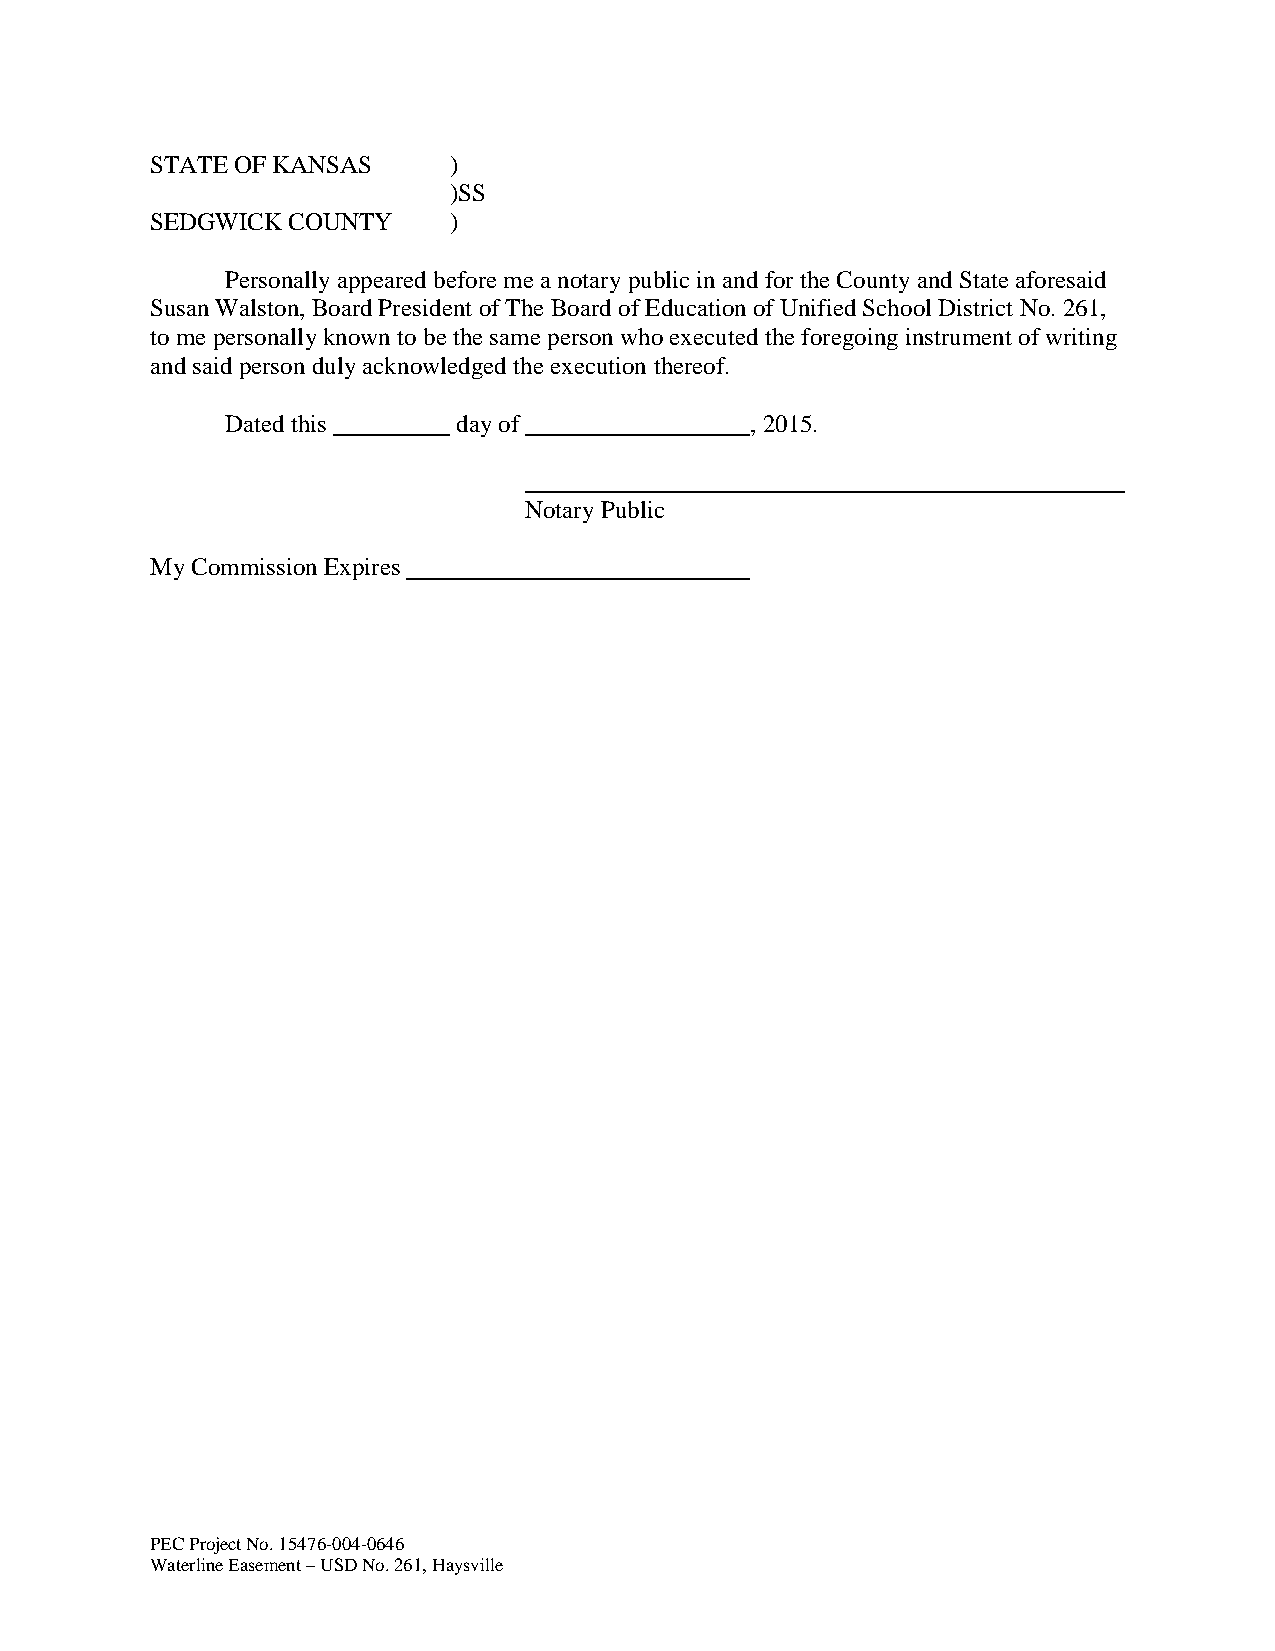
STATE OF KANSAS     )
 )SS
 SEDGWICK COUNTY     )
 Personally appeared before me a notary public in and for the County and State aforesaid
 Susan Walston, Board President of The Board of Education of Unified School District No. 261,
 to me personally known to be the same person who executed the foregoing instrument of writing
 and said person duly acknowledged the execution thereof.
 Dated this     day of              , 2015.
 Notary Public
 My Commission Expires
 PEC Project No. 15476-004-0646
 Waterline Easement – USD No. 261, Haysville